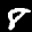
Label: 8